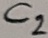
Text: C2